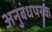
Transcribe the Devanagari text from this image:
अनुबंधपरक